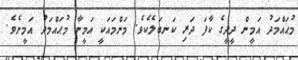
މުޙައްމަދު އަމީން ދީދީގެ ކާފަ ދަރި ކަނބަލެކެވެ. މަންމައަކީ އަމީނާ މުޙައްމަދު އަމީނެވެ.